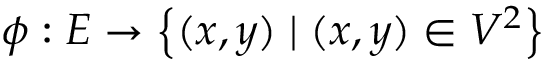
\phi : E \to \left\{ ( x , y ) \mid ( x , y ) \in V ^ { 2 } \right\}